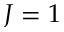
J = 1